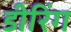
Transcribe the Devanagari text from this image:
डीरिंग